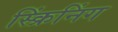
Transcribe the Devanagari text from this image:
स्क्रिंनिंग